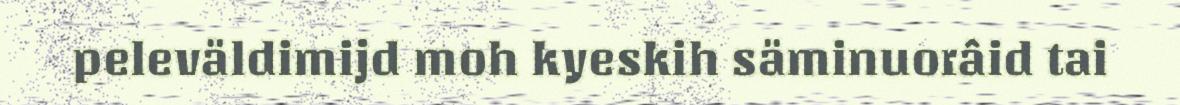
peleväldimijd moh kyeskih säminuorâid tai